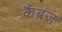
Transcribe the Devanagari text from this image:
कैंब्रज